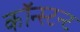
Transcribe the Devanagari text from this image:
कॉन्स्टन्ट